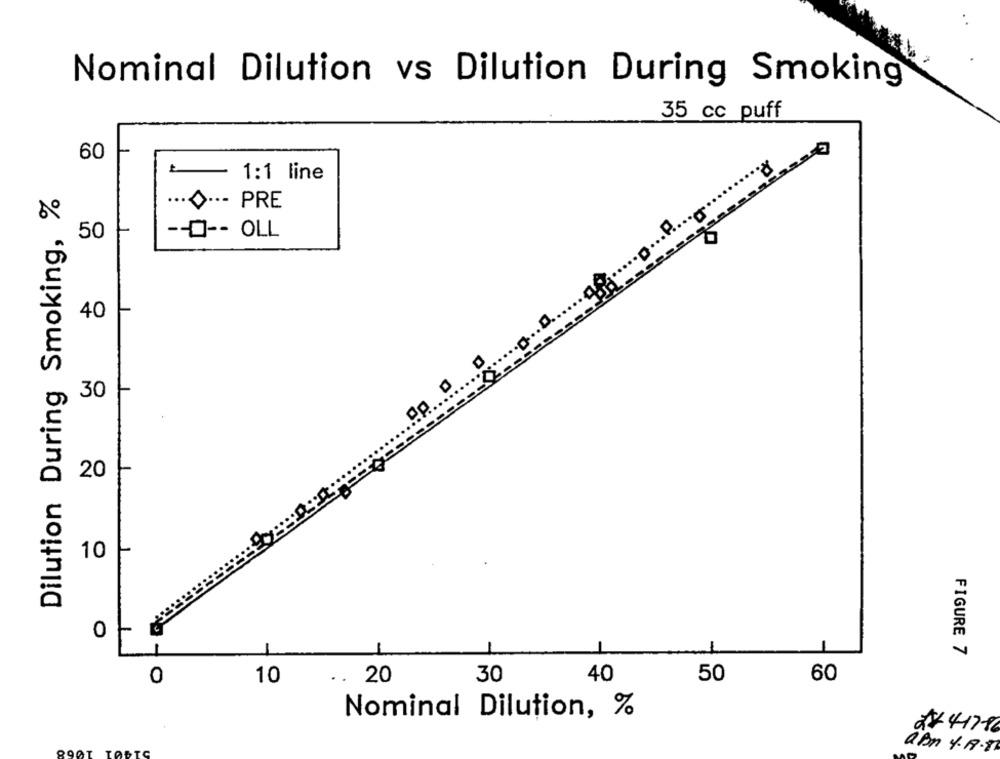
Nominal Dilution vs Dilution During Smoking
35 cc puff
60
1:1 line
Dilution During Smoking, %
.. O ··- PRE
50
-- 0 -- OLL
40
.....
30
20
10
0
FIGURE 7
0
10
..
20
30
40
50
60
Nominal Dilution, %
2+ 4476
8901
aBn 4.18.81